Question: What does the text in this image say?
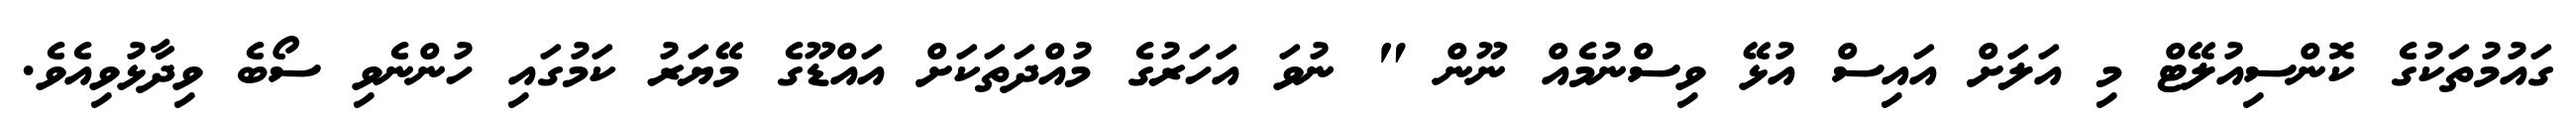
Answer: ގައުމުތަކުގެ ކޮންސިއުލޭޓް މި އަލަށް އައިސް އުޅޭ ވިސްނުމެއް ނޫން " ނުވަ އަހަރުގެ މުއްދަތަކަށް އައްޑޫގެ މޭޔަރު ކަމުގައި ހުންނެވި ސޯބެ ވިދާޅުވިއެވެ.